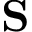
\textbf { S }